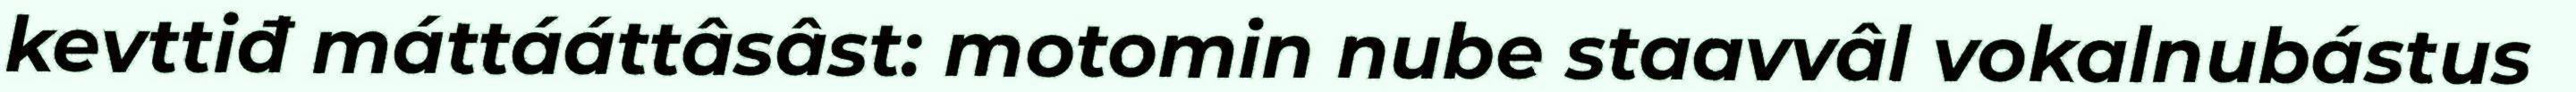
kevttiđ máttááttâsâst: motomin nube staavvâl vokalnubástus